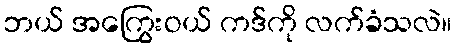
ဘယ် အကြွေးဝယ် ကဒ်ကို လက်ခံသလဲ။